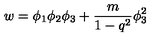
w = \phi _ { 1 } \phi _ { 2 } \phi _ { 3 } + \frac { m } { 1 - q ^ { 2 } } \phi _ { 3 } ^ { 2 }